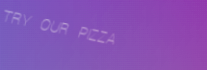
TRY OUR PIZZA